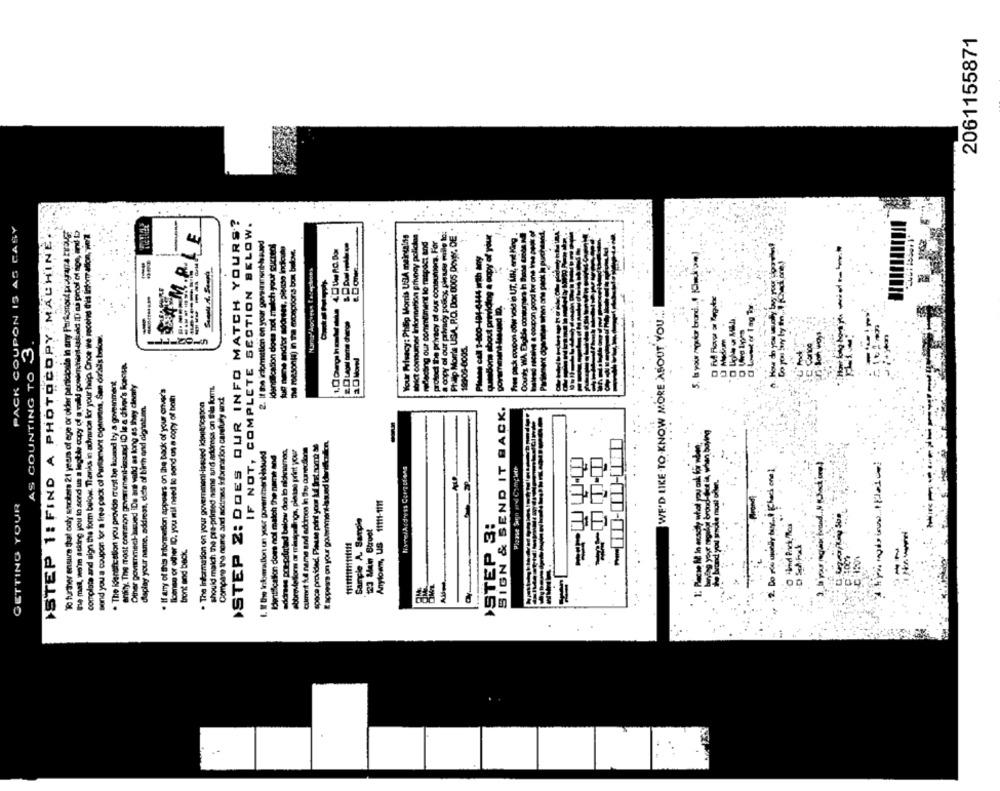
2061155871
STEP 2: DOES OUR INFO MATCH YOURS?
PACK COUPON 15 AS CARY
IF NOT, COMPLETE SECTION BELOW.
ISTEP 1: FIND A PHOTOCOPY MACHINE.
W further ensure that only smokers 21 years of age or older panicicale in any Partemod poupara hover
te mas, no'in stking you to send us a legtde copy of a vald gowinchant-asbald ID'as proof of sige, and to
compilata and sign the form below. Thanks in advance for your help. Once we recohed this link adon, werl
Your Privacy: Philip Morris USA meincaing
strict consumer Information privacy policies
a copy of our privacy policy please maile to:
Phillip Morris USA. R.O. Dox 0005 Dover, DE."
2. If the indoratien en your goverment-ened
identification does not match your sientol
meBlading our commitment to mapoct and
protect the privacy of ous consumers. For
fuc name andfor adorees, pienso indicate
the reasonta) in the exceptions box belove.
5. bu your regular brand ! (duction)
-----
Mamp hogreus toceptions
WE'D LIKE TO KNOW MORE ABOUT YOU ..
O Walny's
send you a coupon for a free pack of Parliament cignoran, San dr'sis below.
AS COUNTING TO 3
19906-0005
anity. The most common government-insund ID le a driver's license.
. The identification you provide must be loand by a government
Other government-lasued iDs ant wild as long as they clemty
should maich the pre-printed name and address on Shila forms.
. If any of this information appears on the back of your eniver's
Ilbense or other ID. you wil need to send os a copy of both
. The information on your government-issued idonericsson
Compare the name and address information carefully and
display your name, address, dete of birth and algrint.m.
SIGN & SEND IT BACK.
.
Eappears on your government-issued Idanificadon.
1. If the infarallon un your povarrivent-losund
address pre-printad below doa lo nicknamen.
abbreviations or misspellings, please print your
calmnit ful name and addres In The comicdone
space provided. Pieuse print your Auf fret somt &e
Identification doms noll malch the name and
2. Do rio usually tax. ichard one
Please Sign and Complete
GETTING YOUR
Anylown, US 11111-1111
Sample A. Sampie
'123 Main Street
›STEP 3:
front and back.
=
104